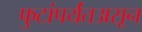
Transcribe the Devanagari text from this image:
फुटांपर्यंतअसून